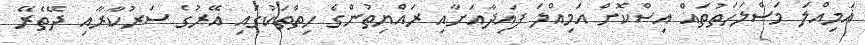
އަމިއްލަ މަސްލަހަތުތައް އިސްކޮށް އަމިއްލަ ފައިދާއަށާއި ރައްޔިތުންގެ ހިތްތަކުގައި އޭރުގެ ސަރުކާރާއި ދޭތެރޭ